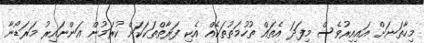
މިހާތަނަށް އައިއިރުވެސް މިފަދަ އެތައް ތުހުމަތުތަކެއް އެކި ފަރާތްތަކަކަށް ކުރަމުން އަންނައިރު މަރަޑޯނާ